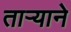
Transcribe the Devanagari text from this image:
तार्‍याने